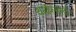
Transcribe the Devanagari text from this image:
थर्मोप्लास्टी